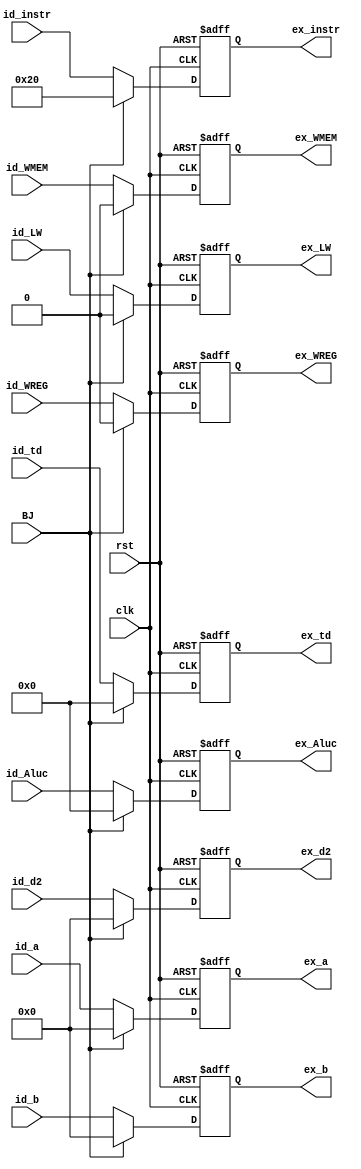
module ID_EX(
	clk,rst,BJ,
	id_a, id_b, id_td, id_d2, id_Aluc, id_WREG, id_WMEM, id_LW,id_instr,
	ex_a, ex_b, ex_td, ex_d2, ex_Aluc, ex_WREG, ex_WMEM, ex_LW,ex_instr
    );
	input clk,rst,BJ;
	input wire [31:0] id_a,id_b,id_d2,id_instr;
	input wire [4:0] id_td,id_Aluc;
	input wire id_WREG,id_WMEM,id_LW;
	output reg [31:0] ex_a,ex_b,ex_d2,ex_instr;
	output reg [4:0] ex_td,ex_Aluc;
	output reg ex_WREG,ex_WMEM,ex_LW;

	always @(posedge clk or posedge rst)
	begin
		if(rst)
		begin
			ex_a <= 0;
			ex_b <= 0;
			ex_d2 <= 0;
			ex_td <= 0;
			ex_Aluc <= 0;
			ex_WREG <= 0;
			ex_WMEM <= 0;
			ex_LW <= 0;
			ex_instr<=32'b100000;
		end
		else if(BJ)
		begin
			ex_a <= 0;
			ex_b <= 0;
			ex_d2 <= 0;
			ex_td <= 0;
			ex_Aluc <= 0;
			ex_WREG <= 0;
			ex_WMEM <= 0;
			ex_LW <= 0;
			ex_instr<=32'b100000;
		end
		else
		begin
			ex_a <= id_a;
			ex_b <= id_b;
			ex_d2 <= id_d2;
			ex_td <= id_td;
			ex_Aluc <= id_Aluc;
			ex_WREG <= id_WREG;
			ex_WMEM <= id_WMEM;
			ex_LW <= id_LW;
			ex_instr<=id_instr;
		end
	end

endmodule